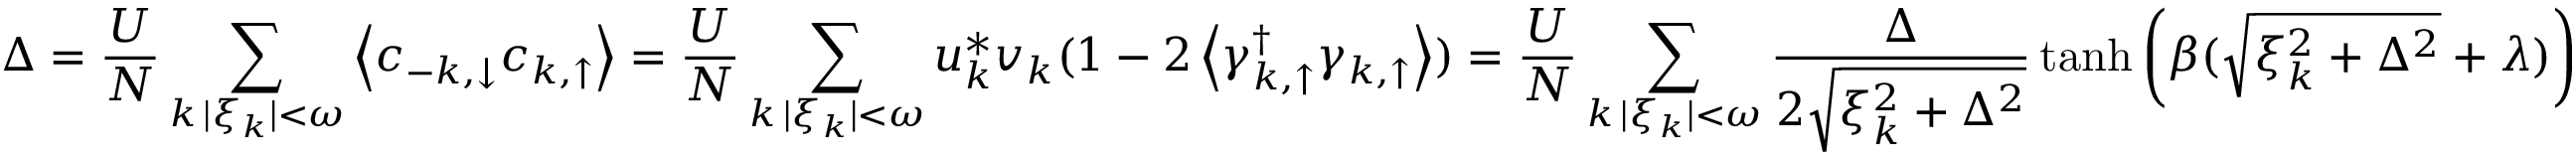
\Delta = \frac { U } { N } \sum _ { \substack { k \, | \xi _ { k } | < \omega } } \left\langle c _ { - k , \downarrow } c _ { k , \uparrow } \right\rangle = \frac { U } { N } \sum _ { \substack { k \, | \xi _ { k } | < \omega } } u _ { k } ^ { * } v _ { k } ( 1 - 2 \left\langle \gamma _ { k , \uparrow } ^ { \dag } \gamma _ { k , \uparrow } \right\rangle ) = \frac { U } { N } \sum _ { \substack { k \, | \xi _ { k } | < \omega } } \frac { \Delta } { 2 \sqrt { \xi _ { k } ^ { 2 } + \Delta ^ { 2 } } } \operatorname { t a n h } { \left( \beta ( \sqrt { \xi _ { k } ^ { 2 } + \Delta ^ { 2 } } + \lambda ) \right) }